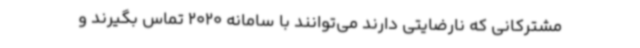
مشترکانی که نارضایتی دارند می‌توانند با سامانه 2020 تماس بگیرند و